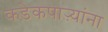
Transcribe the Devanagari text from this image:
कडेकपाऱ्यांना